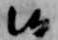
候